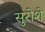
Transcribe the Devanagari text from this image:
सुरोशे